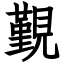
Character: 覲